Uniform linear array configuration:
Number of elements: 24
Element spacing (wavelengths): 1
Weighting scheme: hann
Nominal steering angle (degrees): -15
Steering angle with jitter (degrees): -16.426
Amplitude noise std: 0.05
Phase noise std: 0.05

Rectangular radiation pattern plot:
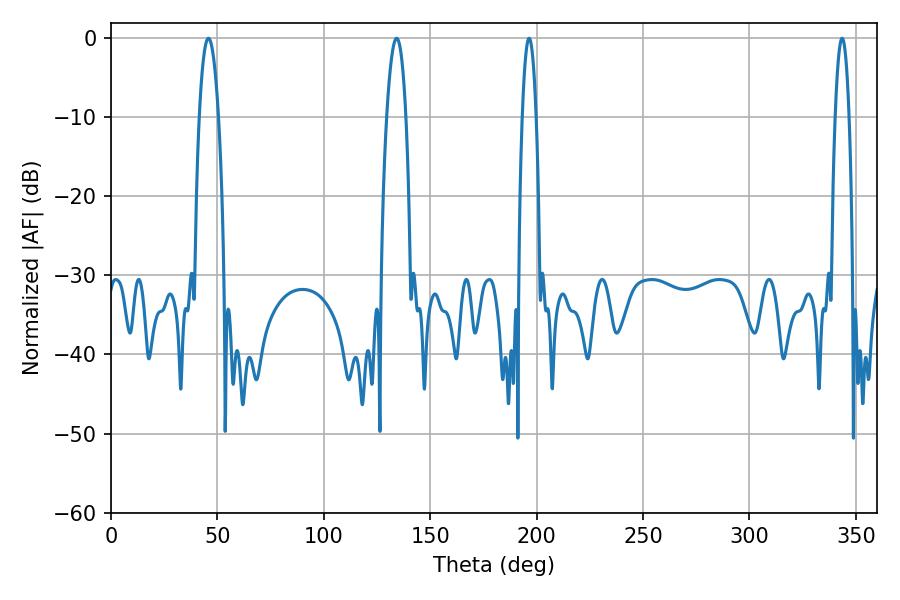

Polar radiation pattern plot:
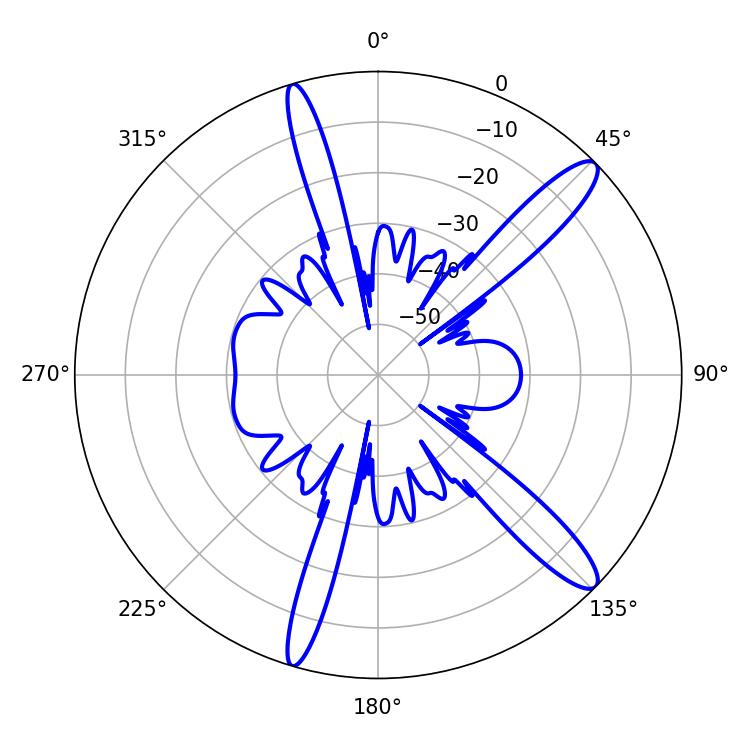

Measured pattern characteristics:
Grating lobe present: TRUE
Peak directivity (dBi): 13.192
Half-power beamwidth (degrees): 5.04
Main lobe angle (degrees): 45.72